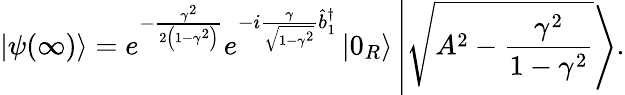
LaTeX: \left\vert\psi(\infty)\right\rangle=e^{-\frac{\gamma^{2}}{2\left(1-\gamma^{2}\right)}}e^{-i\frac{\gamma}{\sqrt{1-\gamma^{2}}}\hat{b}_{1}^{\dagger}}\left\vert 0_{R}\right\rangle\left\vert\sqrt{A^{2}-\frac{\gamma^{2}}{1-\gamma^{2}}}\right\rangle.